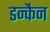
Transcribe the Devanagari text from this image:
डन्कैन